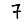
Digit: 7